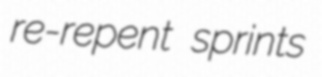
re-repent sprints